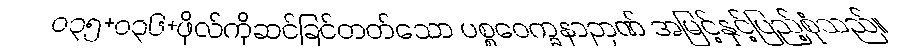
ဝ၃၅+၀၃၆+ဖိုလ်ကိုဆင်ခြင်တတ်သော ပစ္စဝေက္ခနာဉာဏ် အမြင့်နှင့်ပြည့်စုံသည်။